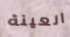
العينة